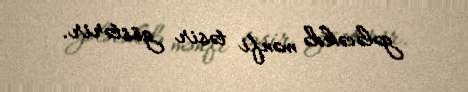
gələcəkdə mənfi təsir göstərir.